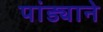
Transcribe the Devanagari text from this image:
पांड्याने